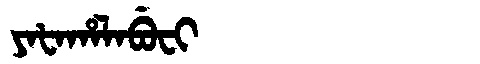
Manchu: ᠶᠠᡶᠠᡥᠠᠯᠠᠪᡠᠸᡳ
Romanization: YAFAHALABUFI